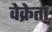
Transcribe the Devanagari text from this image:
वेक्रेता